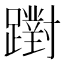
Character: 𨆷